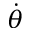
\dot { \theta }